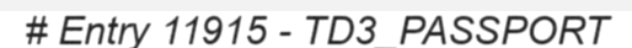
# Entry 11915 - TD3_PASSPORT